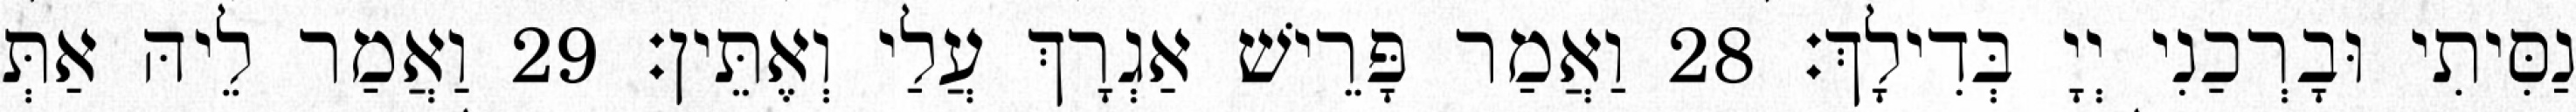
נַסִּיתִי וּבָרְכַנִי יְיָ בְּדִילָךְ׃ 28 וַאֲמַר פָּרֵישׁ אַגְרָךְ עֲלַי וְאֶתֵּין׃ 29 וַאֲמַר לֵיהּ אַתְּ